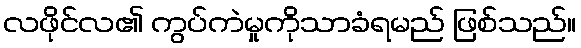
လဖိုင်လ၏ ကွပ်ကဲမှုကိုသာခံရမည် ဖြစ်သည်။